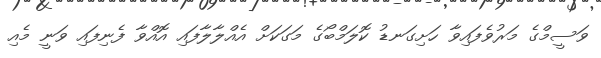
ވަސީމްގެ މަރުވެފައިވާ ހަށިގަނޑު ކޮލަމްބޯގެ މަގަކަށް އެއްލާލާފައި އޮއްވާ ފެނިފައި ވަނީ މެއި